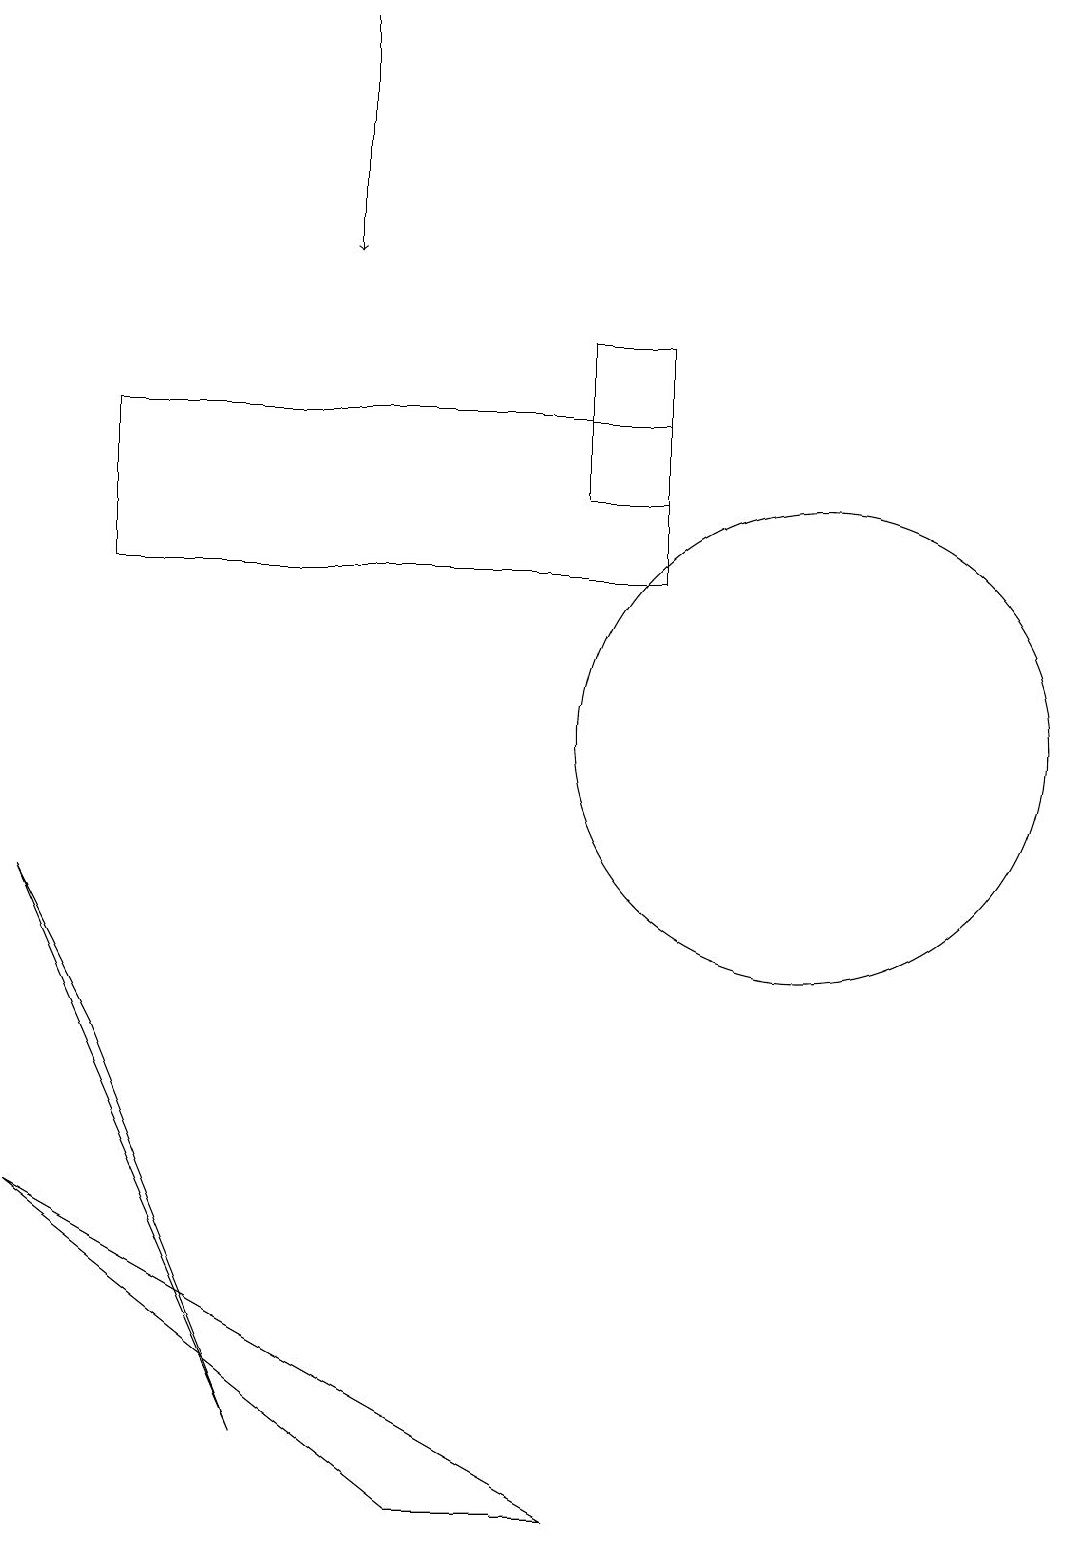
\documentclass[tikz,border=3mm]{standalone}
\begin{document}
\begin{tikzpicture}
\draw (11,10) circle (3);
\draw[->] (5,19) -- (5,16);
\draw (8,15) rectangle (9,13);
\draw (9,12) rectangle (2,14);
\draw (1,8) -- (2,6) -- (4,1) -- cycle;
\draw (1,4) -- (6,0) -- (8,0) -- cycle;
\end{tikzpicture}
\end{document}